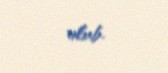
olub.